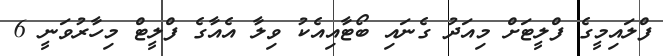
ފްލައިމީގެ ފްލީޓަށް މިއަދު ގެނައި ބޯޓާއިއެކު ވިލާ އެއާގެ ފްލީޓް މިހާރުވަނީ 6